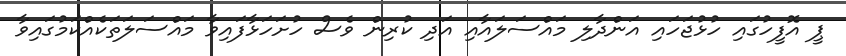
ޕީ އޮފީހުގައި ހުޅުޖަހައި އަންދާލި މައްސަލައާއި އަދި ކުރިން ވެސް ހުށަހަޅާފައިވާ މައްސަލަތަކެއްކަމުގައިވާ